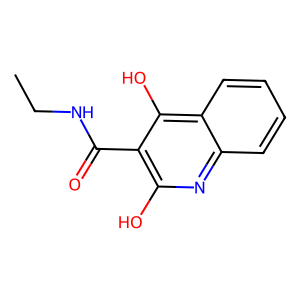
SMILES: CCNC(=O)c1c(O)nc2ccccc2c1O
Inhibits HIV replication: No